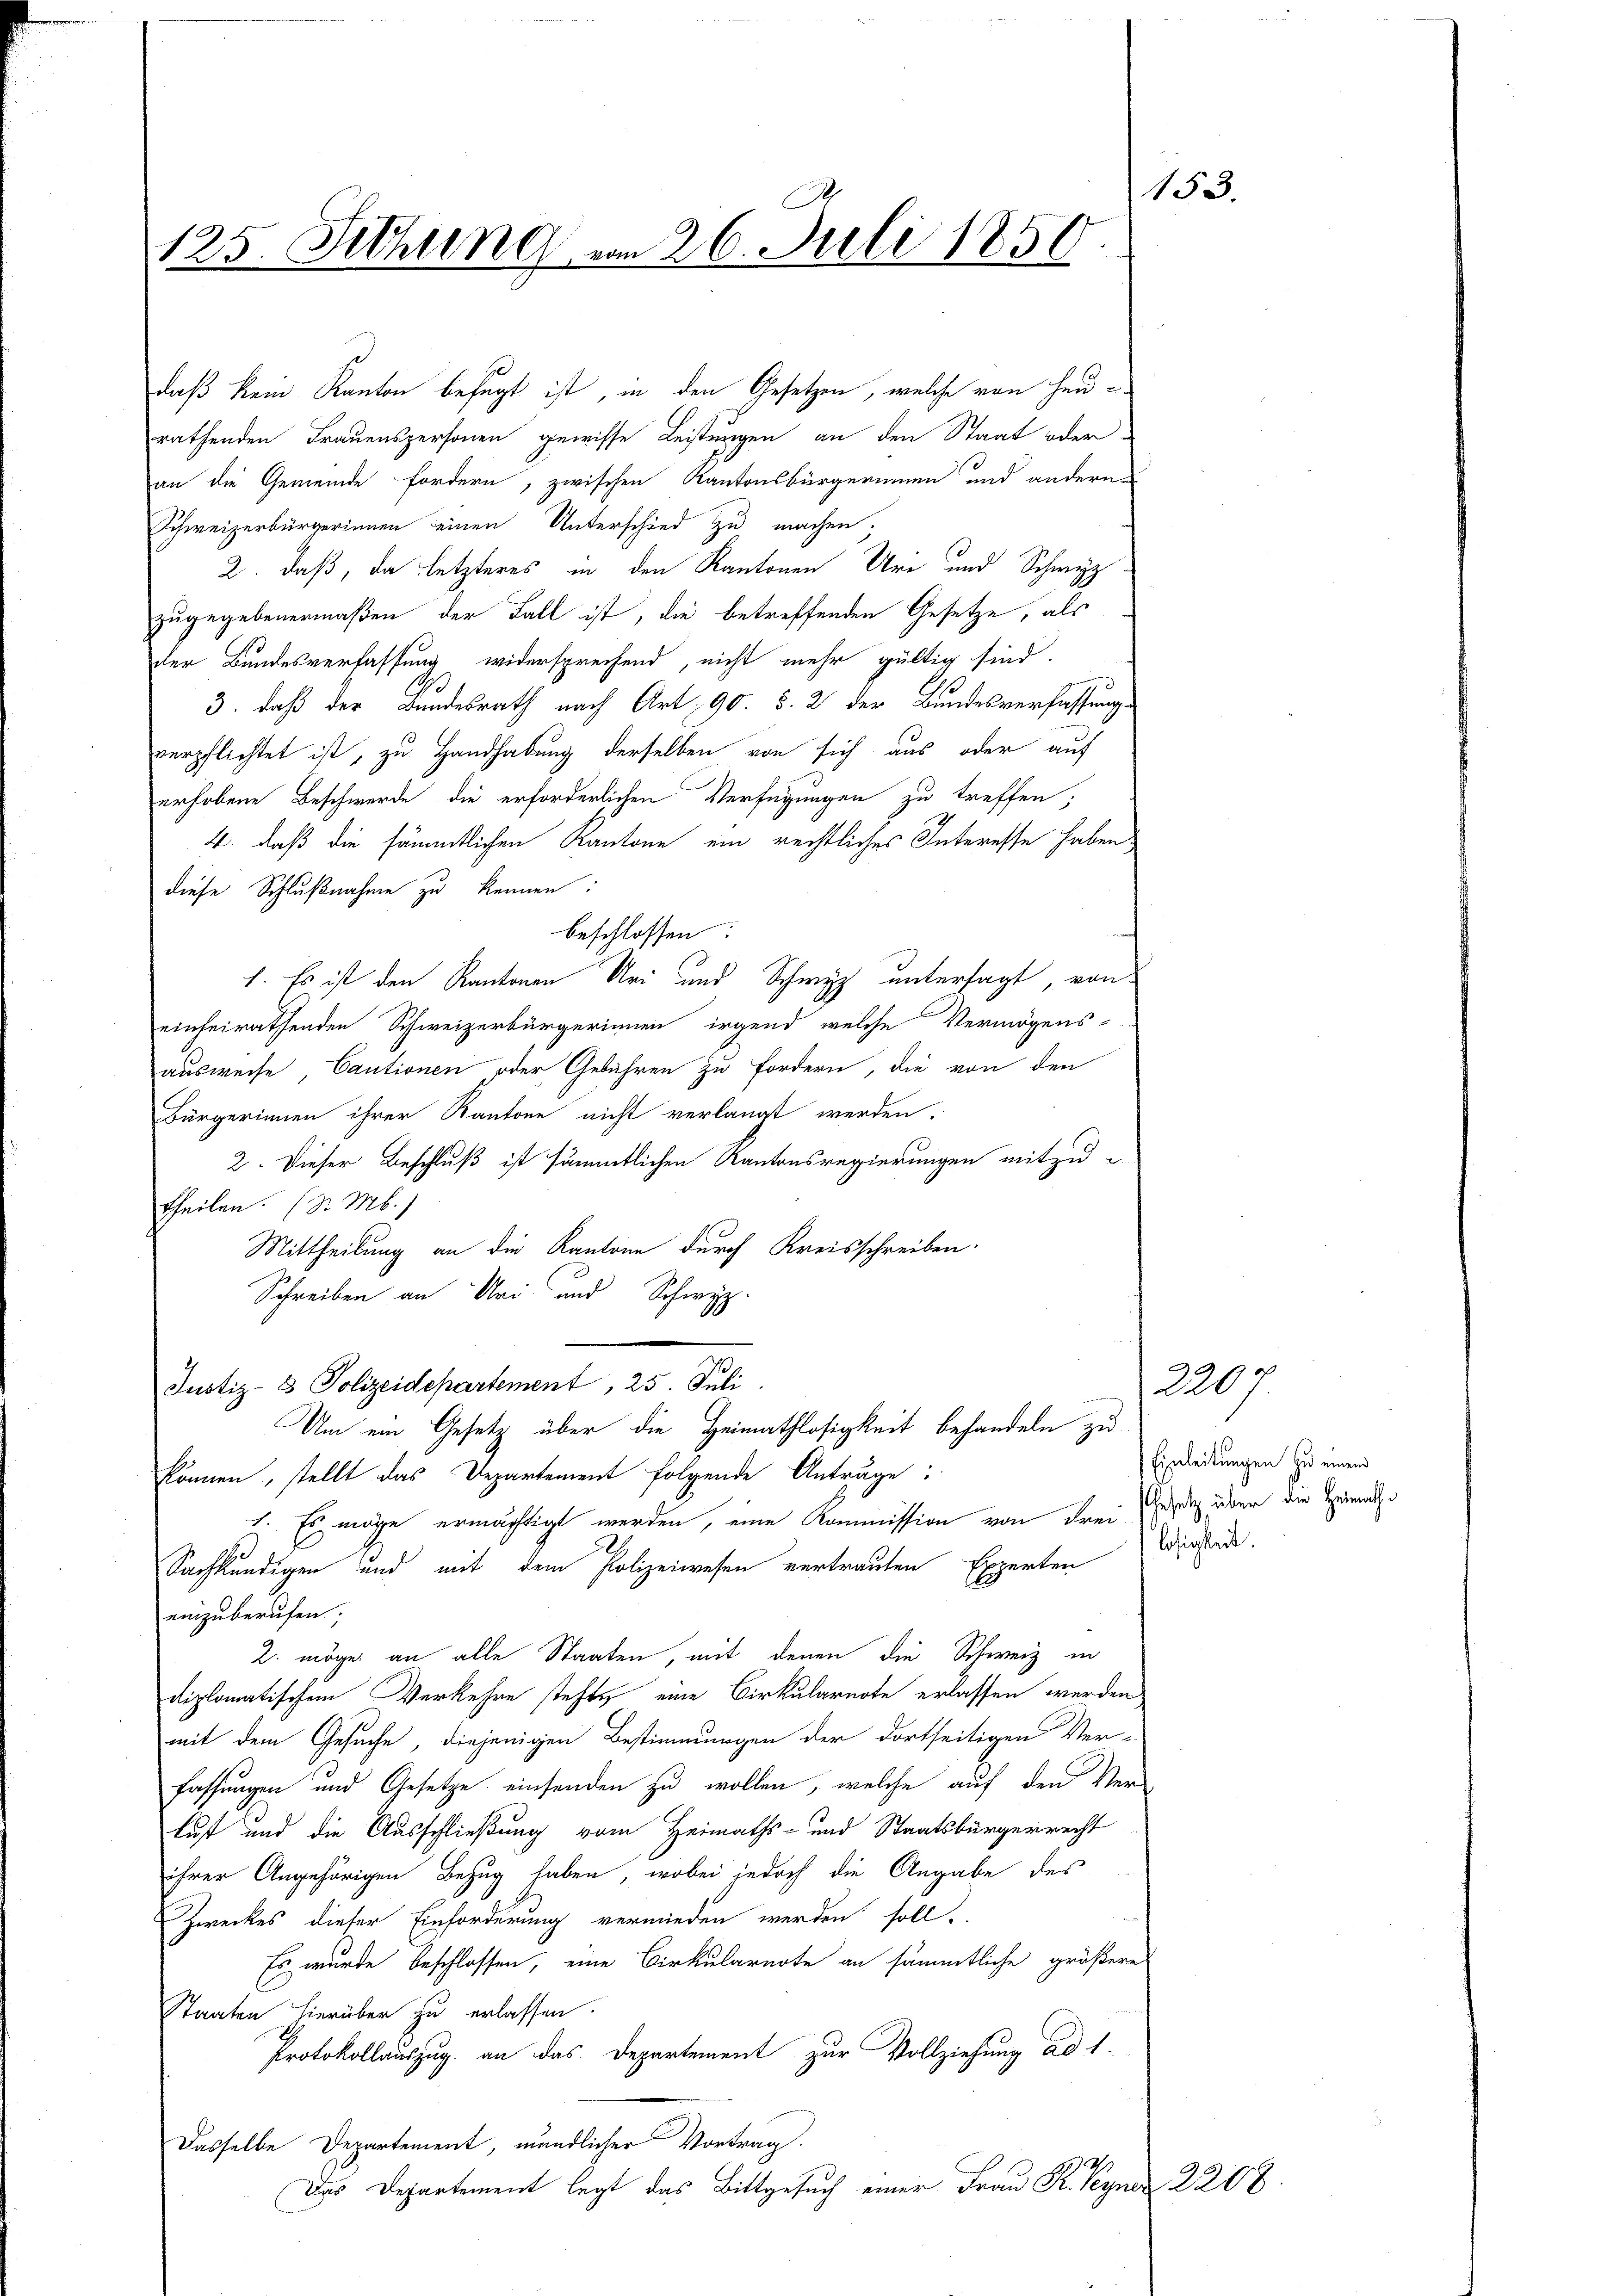
125. Fethung vom 26. Juli 1850

daß kein Kanton befugt ist, in den Gesetzen, welche von Haurathenden Frauenspersonen gewisse Leistungen an den Staat oder
an die Gemeinde fordern, zwischen Kantonsbürgerinnen und andern
Schweizerbürgerinnen einen Unterschied zu machen;
2. daß, da letzteres in den Kantonen Ure und Schwyz
zugegebenermaßen der Fall ist, die betreffenden Gesetze, als
der Bundesverfassung widersprechend, nicht mehr gültig sind.
3
3. daß der Bundesrath nach Art. 90. §. 2 der Bundesverfassung
verpflichtet ist, zu Handhabung derselben von sich aus oder auf
erhobene Beschwerde die erforderlichen Verfügungen zu treffen;
4. daß die sämmtlichen Kantone ein rechtliches Interesse haben
diese Schlußnahme zu kennen:
beschlossen
1. Es ist den Kantonen Uri und Schwyz untersagt, von
einheirathenden Schweizerbürgerinnen irgend welche Vermögens-
ausweise, Cautionen oder Gebühren zu fordern, die von den
Bürgerinnen ihrer Kantone nicht verlangt werden.
2. Dieser Beschluß ist sämmtlichen Kantonsregierungen mitzu-
Theilen. (Dr. M.)
Mittheilung an die Kantone durch Kreisschreiben.
Schreiben an Uri und Schwyz.
Justiz- & Polizeidepartement, 25. Juli
Um ein Gesetz über die Heimathlosigkeit behandeln zu
können, stellt das Departement folgende Antrage:
z. Er möge ermächtigt werden, eine Kommission von drei Jede über die Heimath¬
Sachkundigen und mit dem Polizeiwesen vertrauten Experten
einzuberufen;
2. möge an alle Staaten, mit denen die Schweiz in
diplomatischen Verkehre stehte eine Cirkularnote erlassen werden.
mit dem Gesuche, diejenigen Bestimmungen der dortseitigen Ver-
fassungen und Gesetze einsenden zu wollen, welche auf den Verlust und die Ausschließung vom Heimaths- und Staatsbürgerrecht
ihrer Angehörigen Bezug haben, wobei jedoch die Angabe des
Zweckes dieser Einforderung vermieden werden soll,
Es wurde beschlossen, eine Cirkularente an sämmtliche größere
Staaten hierüber zu erlassen.
Protokollauszug an das Departement zur Vollziehung ad 1.
Dasselbe Departement, mündlicher Vortrag.
Das Departement legt das Bittgesuch einer Frau Kr. Peyner

153.

Einleitungen zu einem
losigkeit.

2200

2200